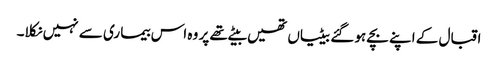
اقبال کے اپنے بچے ہو گئے بیٹیاں تھیں بیٹے تھے پر وہ اس بیما ری سے نہیں نکلا۔